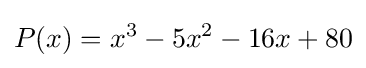
P(x)=x^{3}-5x^{2}-16x+80